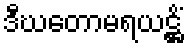
ဒီဃတောမရယဋ္ဌိံ